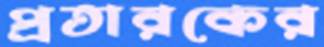
প্রতারকের